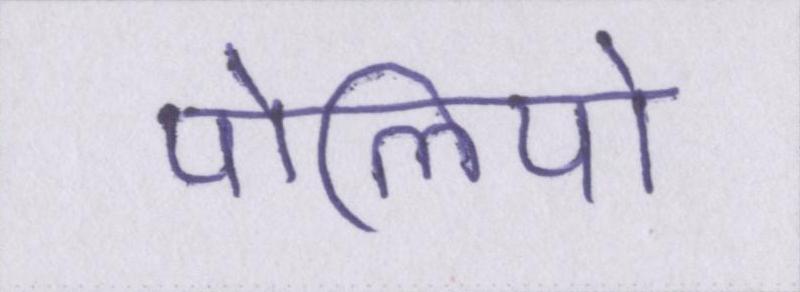
पोलियो